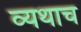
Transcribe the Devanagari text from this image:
व्यथाच